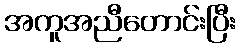
အကူအညီတောင်းပြီး